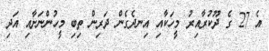
އެ 27 ގެ ދޫކުރާއިރު މީހަކާއި އިނދެގެން ދަރިން ތިބި މީހުންނަށާއި އަދި